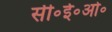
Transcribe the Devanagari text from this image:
सी॰ई॰ओ॰